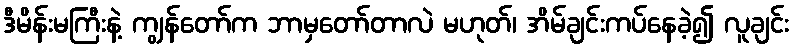
ဒီမိန်းမကြီးနဲ့ ကျွန်တော်က ဘာမှတော်တာလဲ မဟုတ်၊ အိမ်ချင်းကပ်နေခဲ့၍ လူချင်း